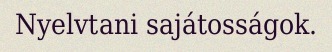
Nyelvtani sajátosságok.